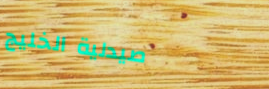
صيدلية الخليج